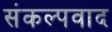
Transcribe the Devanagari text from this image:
संकल्पवाद